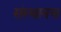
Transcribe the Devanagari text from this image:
संस्थानच